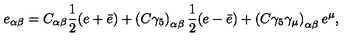
e _ { \alpha \beta } = C _ { \alpha \beta } { \frac { 1 } { 2 } } ( e + \bar { e } ) + \left( C \gamma _ { 5 } \right) _ { \alpha \beta } { \frac { 1 } { 2 } } ( e - \bar { e } ) + \left( C \gamma _ { 5 } \gamma _ { \mu } \right) _ { \alpha \beta } e ^ { \mu } ,